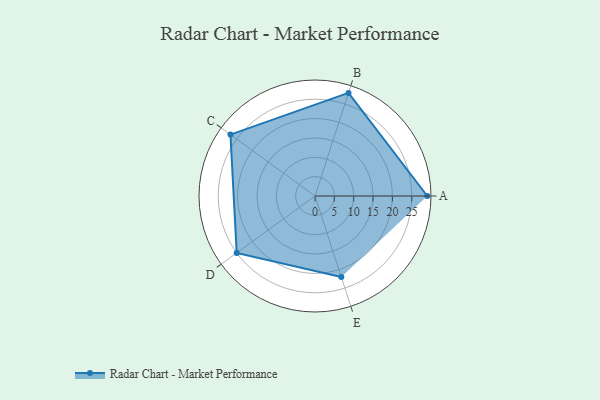
{"axis": {"x": "Skill", "y": "Score"}, "legend": ["Profile"], "data": [{"x": "A", "y": 29.0, "type": "Profile"}, {"x": "B", "y": 28.0, "type": "Profile"}, {"x": "C", "y": 27.0, "type": "Profile"}, {"x": "D", "y": 25.0, "type": "Profile"}, {"x": "E", "y": 22.0, "type": "Profile"}]}